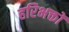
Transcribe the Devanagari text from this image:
हरिभक्तों